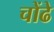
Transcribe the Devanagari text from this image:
चोंढे